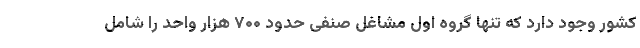
کشور وجود دارد که تنها گروه اول مشاغل صنفی حدود ۷۰۰ هزار واحد را شامل